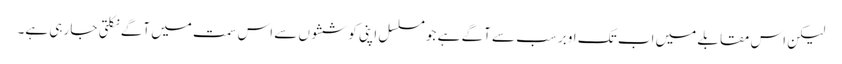
لیکن اس مقابلے میں اب تک اوبر سب سے آگے ہے جو مسلسل اپنی کوششوں سے اس سمت میں آگے نکلتی جا رہی ہے۔